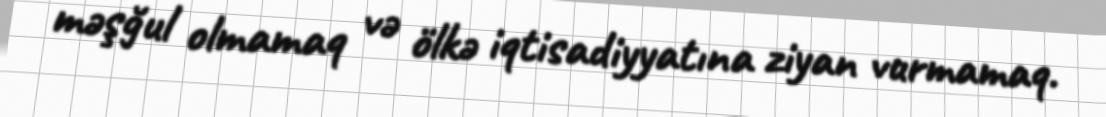
məşğul olmamaq və ölkə iqtisadiyyatına ziyan vurmamaq.